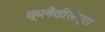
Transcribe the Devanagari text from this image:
क्लैवीसेप्स